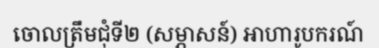
ចោលត្រឹមជុំទី២ (សម្ភាសន៍) អាហារូបករណ៍